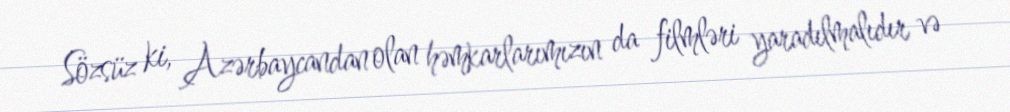
Sözsüz ki, Azərbaycandan olan həmkarlarımızın da filmləri yaradılmalıdır və